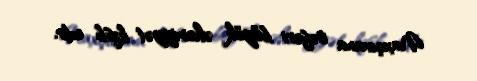
Naxçıvana səfəri böyük əhəmiyyət kəsb edir.